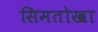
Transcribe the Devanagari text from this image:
सिमतोखा